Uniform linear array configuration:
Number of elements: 16
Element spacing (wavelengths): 0.75
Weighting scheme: hann
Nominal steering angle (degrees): -15
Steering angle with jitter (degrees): -16.082
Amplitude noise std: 0.05
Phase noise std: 0.05

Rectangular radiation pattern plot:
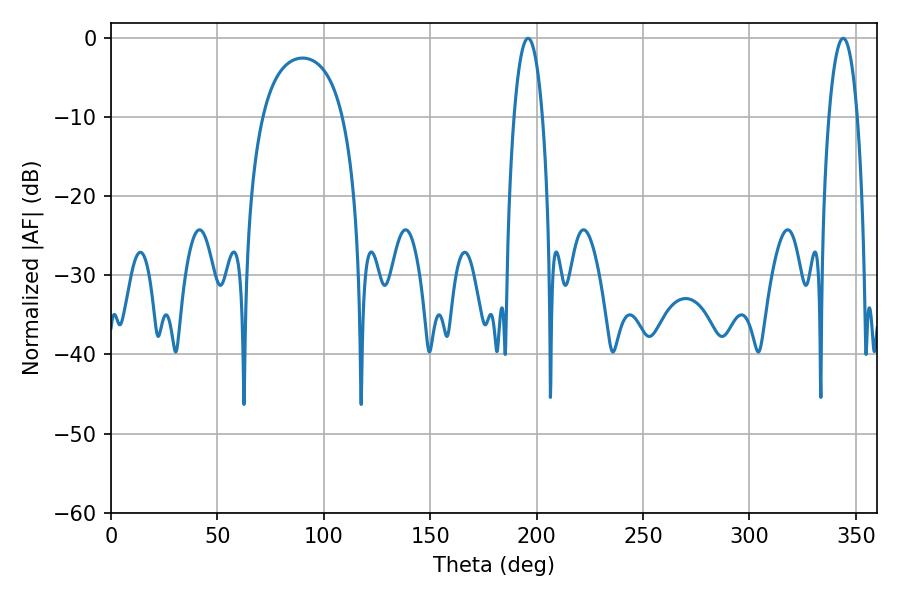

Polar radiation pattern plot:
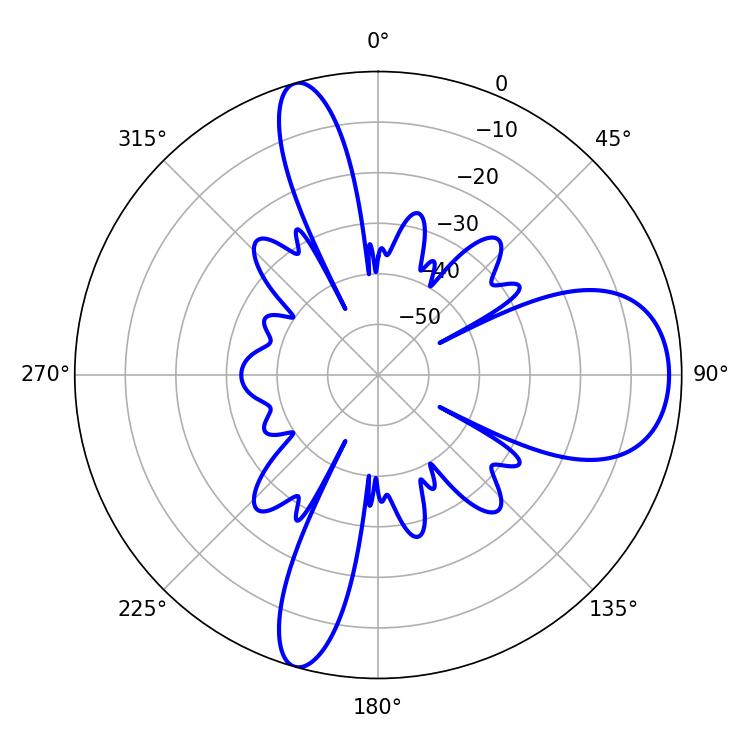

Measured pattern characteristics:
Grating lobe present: TRUE
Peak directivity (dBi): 10.484
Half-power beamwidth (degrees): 7.56
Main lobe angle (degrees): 343.98